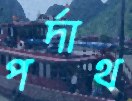
পর্দাথ